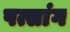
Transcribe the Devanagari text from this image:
पत्सांग